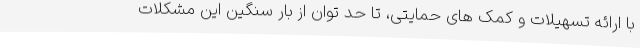
با ارائه تسهیلات و کمک های حمایتی، تا حد توان از بار سنگین این مشکلات